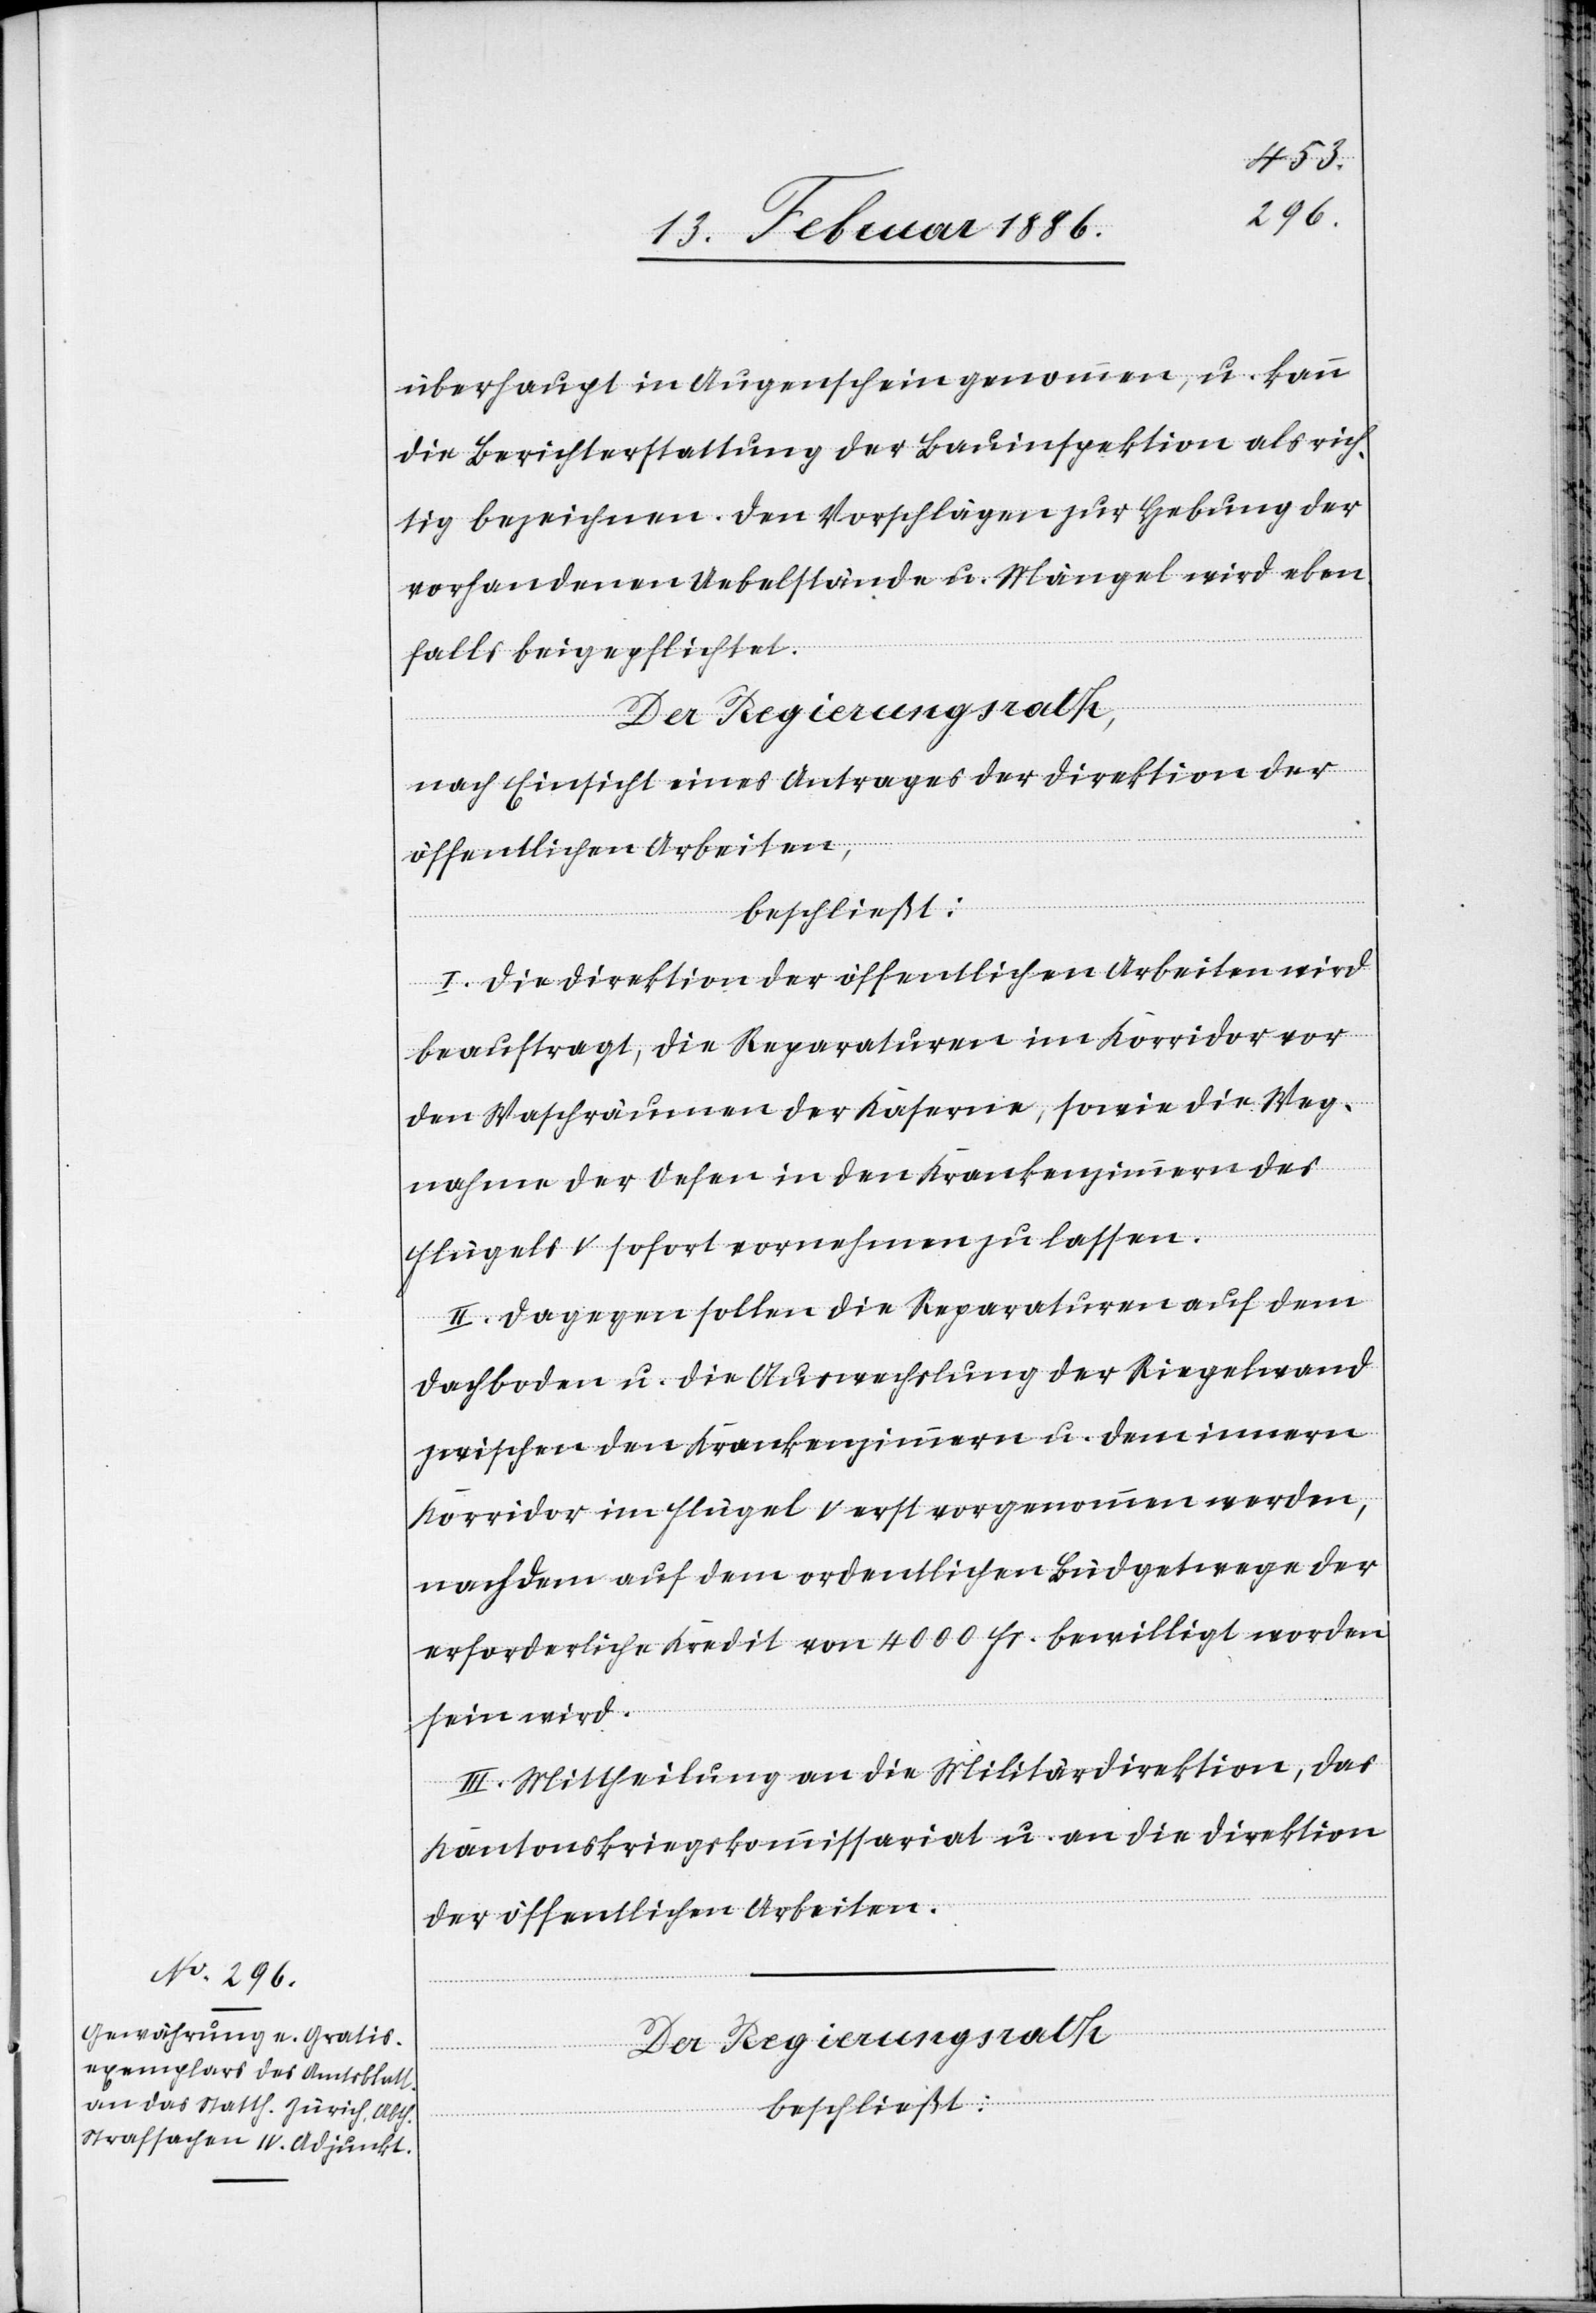
überhaupt in Augenschein genommen, u. kann
die Berichterstattung der Bauinspektion als rich¬
tig bezeichnen. Den Vorschlägen zur Hebung der
vorhandenen Uebelständen u. Mängel wird eben¬
falls beigepflichtet.
Der Regierungsrath,
nach Einsicht eines Antrages der Direktion der
öffentlichen Arbeiten,
beschließt:
I. Die Direktion der öffentlichen Arbeiten wird
beauftragt, die Reparaturen im Korridor vor
den Waschräumen der Kaserne, sowie die Weg¬
nahme der Oefen in den Krankenzimmern des
Flügels V sofort vornehmen zu lassen.
II. Dagegen sollen die Reparaturen auf dem
Dachboden u. die Auswechslung der Riegelwand
zwischen den Krankenzimmern u. dem innern
Korridor im Flügel V erst vorgenommen werden,
nachdem auf dem ordentlichen Büdgetwege der
erforderliche Kredit von 4000 Fr. bewilligt worden
sein wird.
III. Mittheilung an die Militärdirektion, das
Kantonskriegskommissariat u. an die Direktion
der öffentlichen Arbeiten.
beschließt: